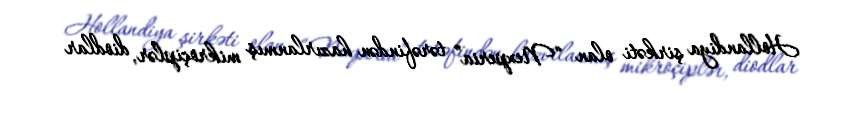
Hollandiya şirkəti olan “Nexperia” tərəfindən hazırlanmış mikroçiplər, diodlar